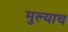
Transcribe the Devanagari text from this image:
मुल्याच